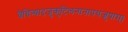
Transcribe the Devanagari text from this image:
वैचित्र्यादृजुकुटिलनानापथजुषाम्।